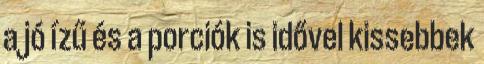
a jó ízű és a porciók is idővel kissebbek